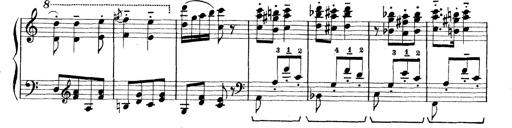
Title: Rapsodie: 19 ungheresi, 1 spagnuola
Composer: Franz Liszt